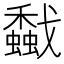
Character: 𢨡